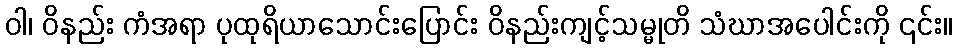
ဝါ၊ ဝိနည်း ကံအရာ ပုထုရိယာသောင်းပြောင်း ဝိနည်းကျင့်သမ္မုတိ သံဃာအပေါင်းကို ၎င်း။